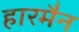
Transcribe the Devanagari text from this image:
हारमैन